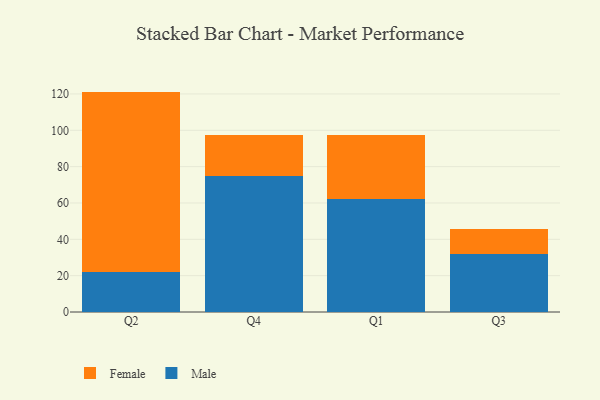
{"axis": {"x": "Quarter", "y": "Temperature (°C)"}, "legend": ["Female", "Male"], "data": [{"x": "Q2", "y": 22.2, "type": "Male"}, {"x": "Q2", "y": 99.1, "type": "Female"}, {"x": "Q4", "y": 74.6, "type": "Male"}, {"x": "Q4", "y": 22.7, "type": "Female"}, {"x": "Q1", "y": 62.1, "type": "Male"}, {"x": "Q1", "y": 35.4, "type": "Female"}, {"x": "Q3", "y": 31.9, "type": "Male"}, {"x": "Q3", "y": 14.0, "type": "Female"}]}